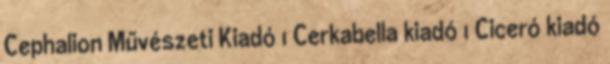
Cephalion Művészeti Kiadó 1 Cerkabella kiadó 1 Ciceró kiadó